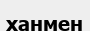
ханмен